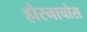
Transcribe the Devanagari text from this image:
होरनाचोस